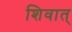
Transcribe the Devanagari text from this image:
शिवात्